Rapla_vallavalitsus, lk 20
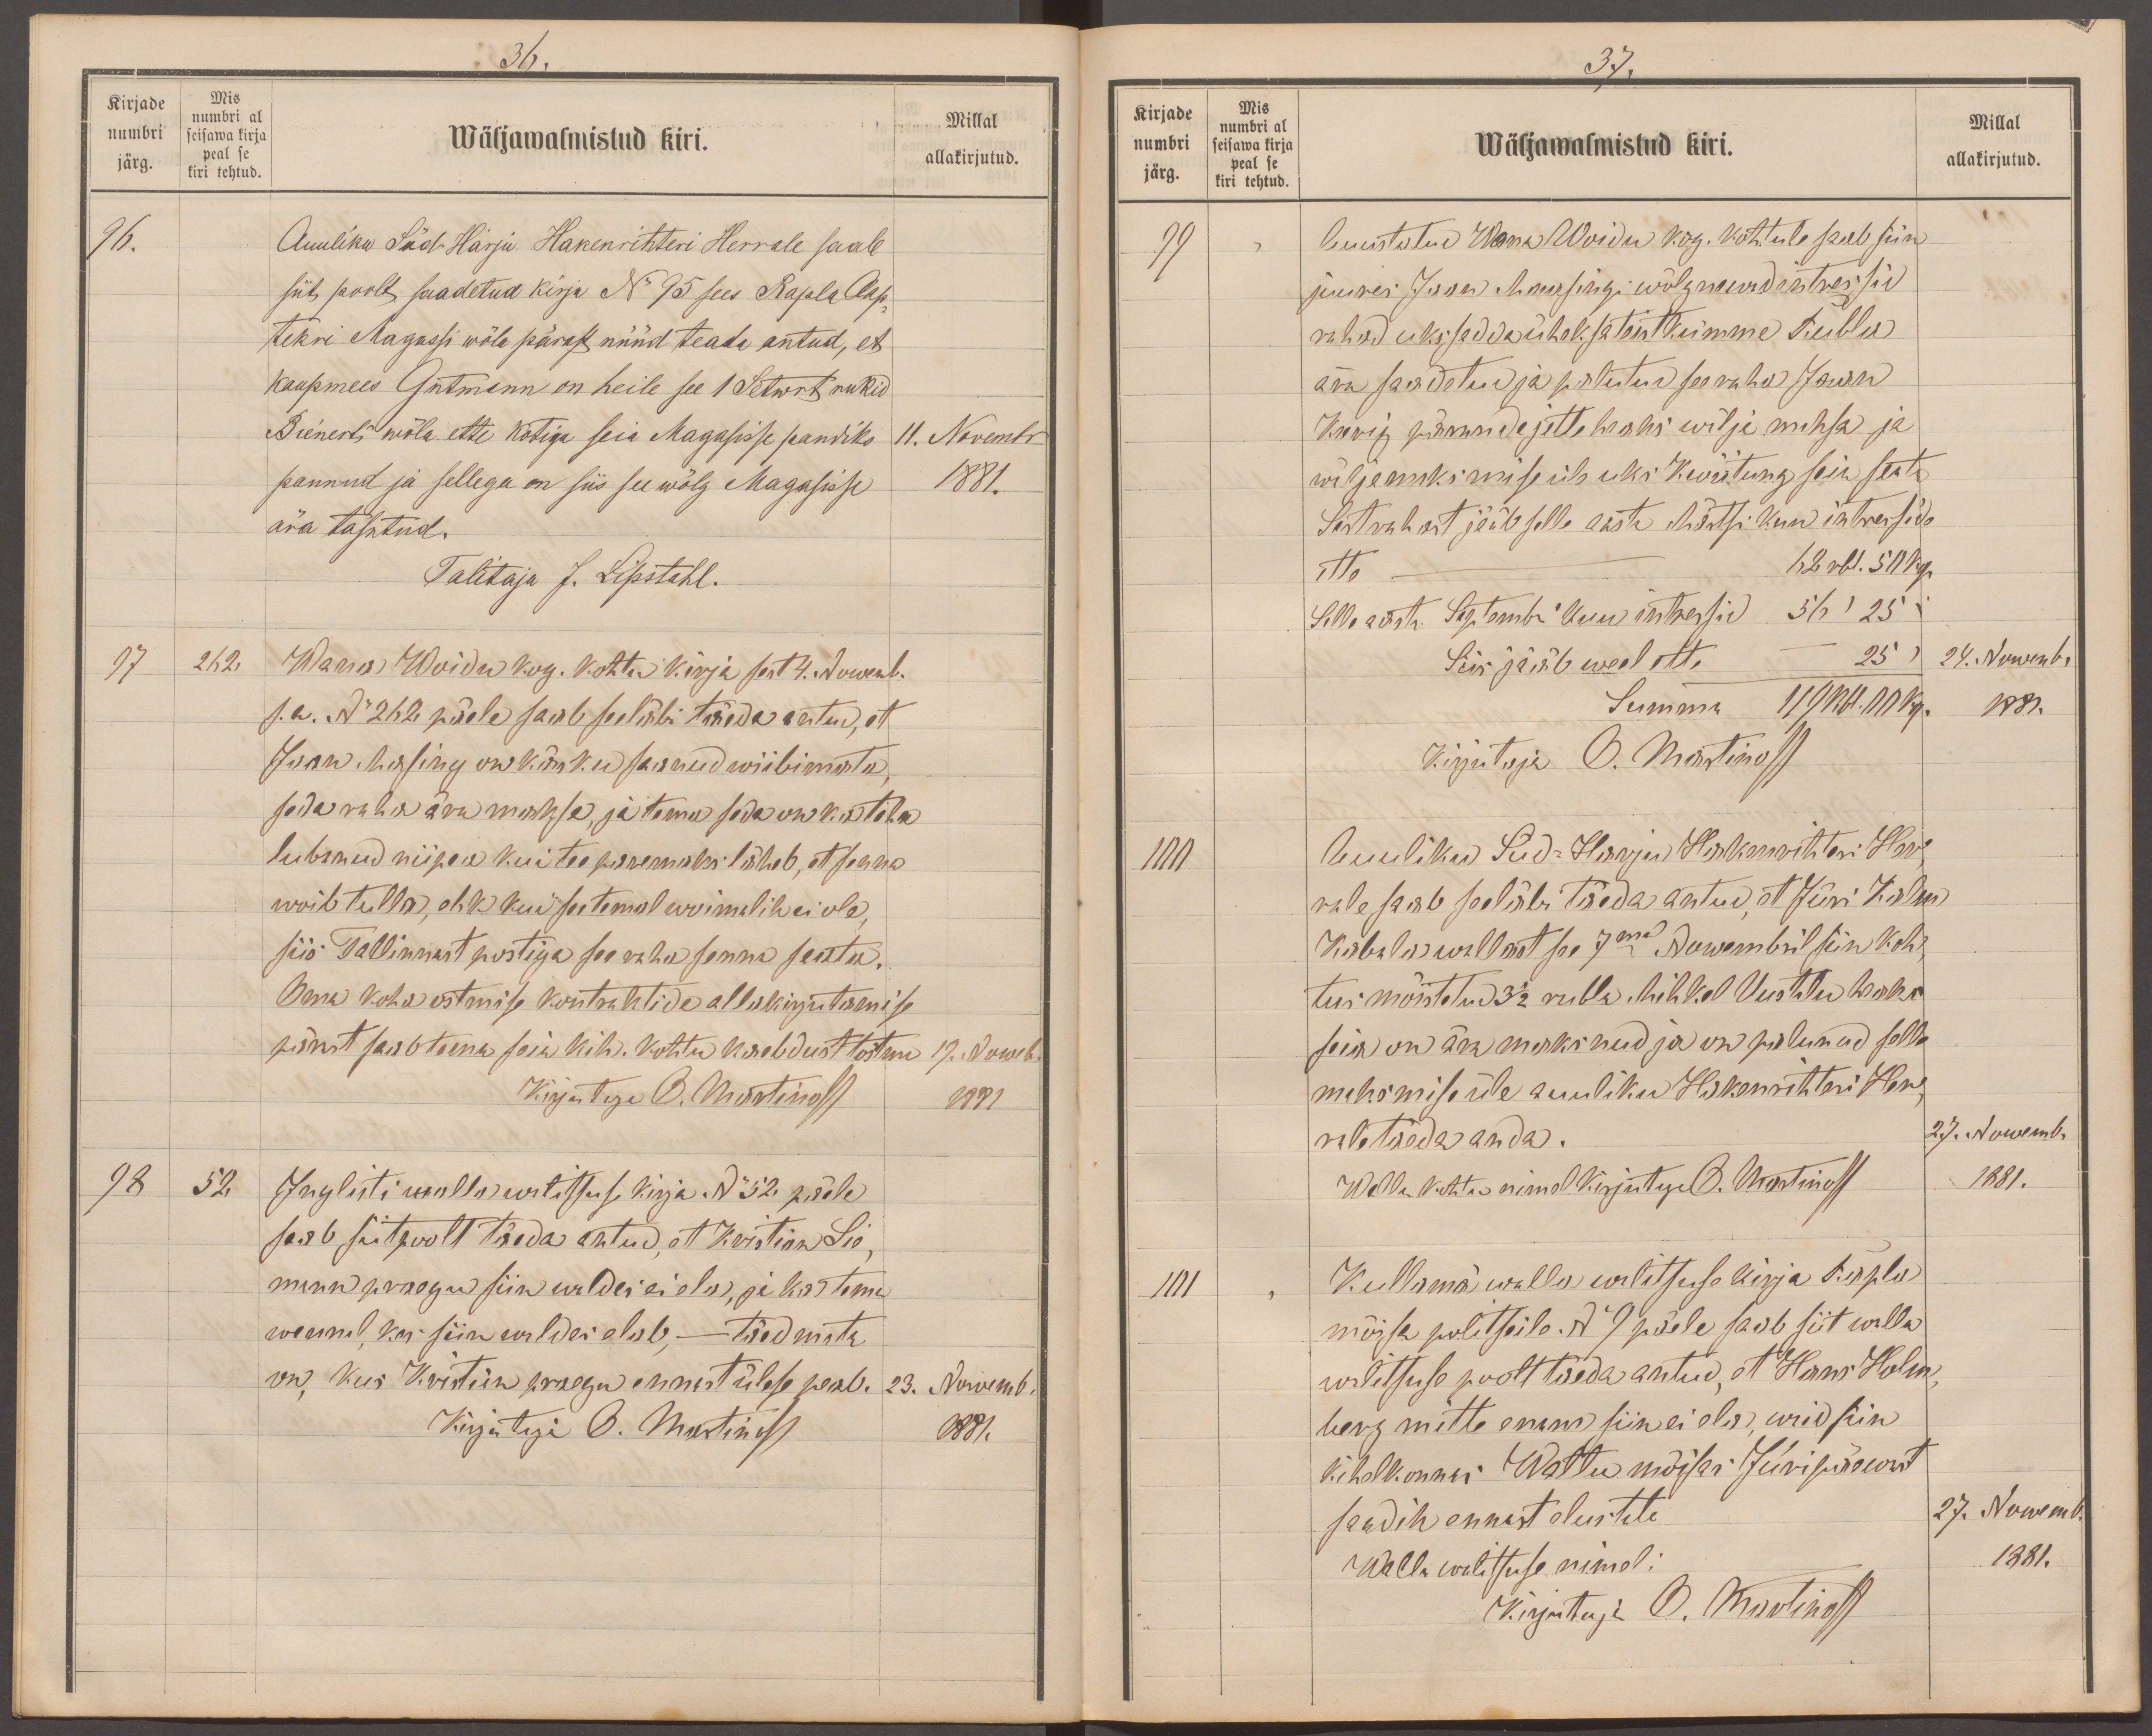
36.
Kirjade
Mis
numbri al
numbri
seisawa kirja
Wäljawalmistud kiri.
Millal
peal se
järg.
kiri tehtud.
allakirjutud.
96.
Auuliku Süd-Harju Hakenrihteri Herrale saab
siit poolt saadetud kirja No 95 sees Rapla aap-
tekri Magassi wõla pärast nüüd teada antud, et
kaupmees Gutmann on heile see 1 Setwert rukid
Bienerti wõla ette kotiga seia Magasisse pandiks
11. Novembr
pannud ja sellega on siis see wõlg Magasisse
1881.
ära tasutud.
Talitaja J. Lipstahl.
17
262.
Wana Woidu kog. kohtu kirja sest 4. Nowemb.
s. a. No 262 päele saab seeläbi täeda antud, et
Jaan Masing on käsku saanud wiibimata
seda raha ära maksa, ja tema seda on kohtole
lubanud niipea kui tee paremaks läheb, et senna
woib tulla, ehk kui see temal woimalik ei ole,
siis Tallinnast postiga see raha senna saata.
Oma koha ostmise kontrahtide alla kirjutamise
pärast saab tema sein kih. kohtu kaebdust tõstm
19. Noweb
Kirjutaja O. Martinoff
1881
98
52.
Inglisti walla walitsuse kirja No 52 p. päele
saab siit poolt täeda antud, et Kristian Lie-
mann praegu siin waldas ei ela, ja ka tema
wennal, kui siin waldas elub, - täedmata
on, kus Kristian praegu ennast ülese peab.
23. Novemb.
Kirjutaja O. Martinoff
1881.

37.
Kirjade
Mis
Millal
numbri al
numbri
seisawa kirja
peal se
Wäljawalmistud kiri.
järg.
kiri tehtud.
allakirjutud.
99
Auustatud  Wana Woidu kog. kohtule saab siin
juures Jaan Maasingi wõlgnewad intressid
rahad üks sadda üheksa teistkümme Rubla
ära saadetud ja palutud see raha Jaan
Keerig pärandajatte heaks wilja maksa ja
wiljamaksmise üle üks kwiitung seia seati
Sest rahast jääb selle aasta Märtsi kuu intresside
ette 62 rbl. 50 kop.
Selle aasta Septembi kuu intressid 56 " 25 "
Siis jääb weel ette -- 25 "
24. Nowembr
Summa 119 Rbl. 10 kp.
1881.
Kirjutaja O. Martinoff
100
Auuliku Süd-Harju Hakenrihteri Her-
rale saab seeläbi täeda antud, et Jüri Kalm
Kabala wallast see 7ma Nowembril siin koht
tus mõistatud 3 1/2 rubla. Mihkel Uustalu heaks
seia on ära maksnud ja on palunud selle
maksmise üle auuliku Hakenrihteri Her
rale täeda anda.
25. Nowembr
Walla kohto nimel kirjutaja O. Martinoff
1881.
101
Kullama walla walitsuse kirja Rapla
mõisa politseile. No 9 päele saab siit walla
walitsuse poolt täeda antud, et Hans Holm
berg mitte enam siin ei ela, waid siin
Kihelkonnas: Waltu mõisas Jüripäewast
saadik ennast elustab
27. Nowembr
Walla walitsuse nimel:
1881.
Kirjutaja O. Martinoff